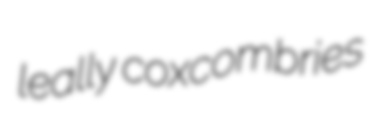
leally coxcombries